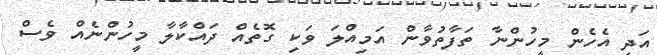
އަދި އެހެން މީހުންނާ ތަފާތުވާން އަމިއްލަ ވަކި ގޮތެއް ދައްކާލާ މީހުންނެއް ވެސް